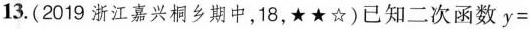
13.(2019浙江嘉兴桐乡期中，18，★★☆)已知二次函数y=